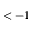
< - 1